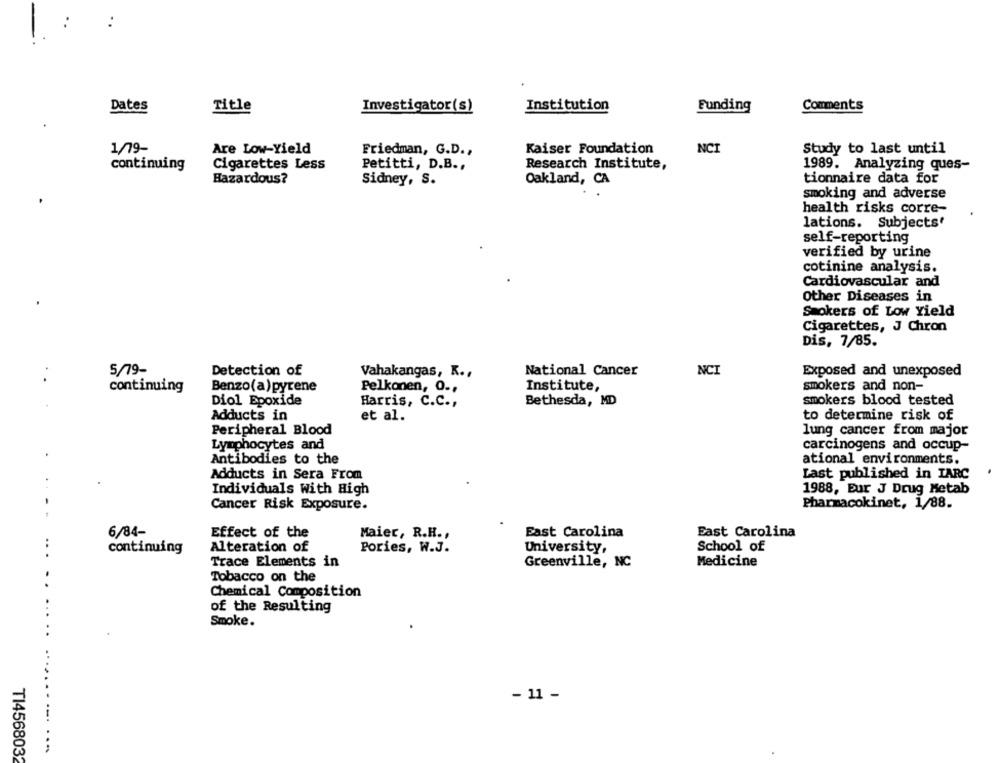
Dates
Institution
Funding
Comments
Title
Investigator(s)
1/79-
Are Low-Yield
Friedman, G.D .,
Kaiser Foundation
NCI
Study to last until
continuing
Cigarettes Less
Petitti, D.B .,
Research Institute,
1989. Analyzing ques-
Hazardous?
Sidney, S.
Oakland, CA
tionnaire data for
smoking and adverse
health risks corre-
lations. Subjects'
self-reporting
verified by urine
cotinine analysis.
Cardiovascular and
Other Diseases in
Smokers of Low Yield
Cigarettes, J Chron
Dis, 7/85.
5/79-
Detection of
Vahakangas, K .,
National Cancer
NCI
Exposed and unexposed
continuing
Benzo(a) pyrene
Pelkonen, O .,
Institute,
smokers and non-
Diol Epoxide
Harris, C.C .,
Bethesda, MD
smokers blood tested
Adducts in
et al.
to determine risk of
Peripheral Blood
lung cancer from major
Lymphocytes and
carcinogens and occup-
Antibodies to the
ational environments.
Adducts in Sera From
Last published in IARC
Individuals With High
1988, Eur J Drug Metab
Cancer Risk Exposure.
Pharmacokinet, 1/88.
6/84-
Maier, R.H .,
East Carolina
East Carolina
Effect of the
continuing
Alteration of
Pories, W.J.
University,
School of
Trace Elements in
Greenville, NC
Medicine
Tobacco on the
Chemical Composition
of the Resulting
Smoke.
- 11 -
--. ...
TI4568032